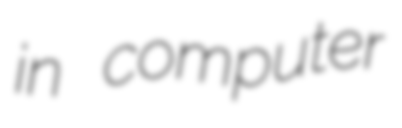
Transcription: in computer